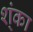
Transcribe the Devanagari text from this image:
श्ंका